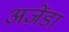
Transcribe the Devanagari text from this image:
अज़ेंडा